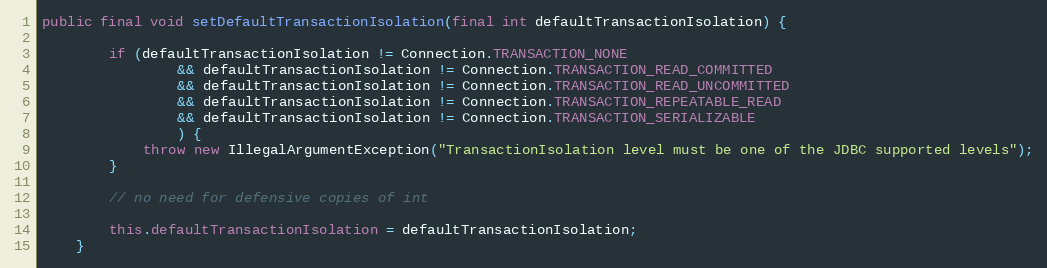
Language: Java
public final void setDefaultTransactionIsolation(final int defaultTransactionIsolation) {

        if (defaultTransactionIsolation != Connection.TRANSACTION_NONE
                && defaultTransactionIsolation != Connection.TRANSACTION_READ_COMMITTED
                && defaultTransactionIsolation != Connection.TRANSACTION_READ_UNCOMMITTED
                && defaultTransactionIsolation != Connection.TRANSACTION_REPEATABLE_READ
                && defaultTransactionIsolation != Connection.TRANSACTION_SERIALIZABLE
                ) {
            throw new IllegalArgumentException("TransactionIsolation level must be one of the JDBC supported levels");
        }

        // no need for defensive copies of int

        this.defaultTransactionIsolation = defaultTransactionIsolation;
    }